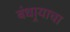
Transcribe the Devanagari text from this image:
बंधार्‍याचा